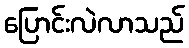
ပြောင်းလဲလာသည်